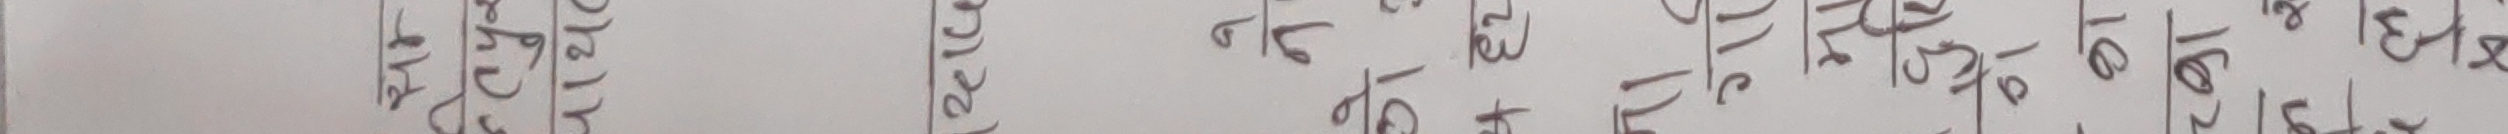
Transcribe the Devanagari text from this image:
भएता